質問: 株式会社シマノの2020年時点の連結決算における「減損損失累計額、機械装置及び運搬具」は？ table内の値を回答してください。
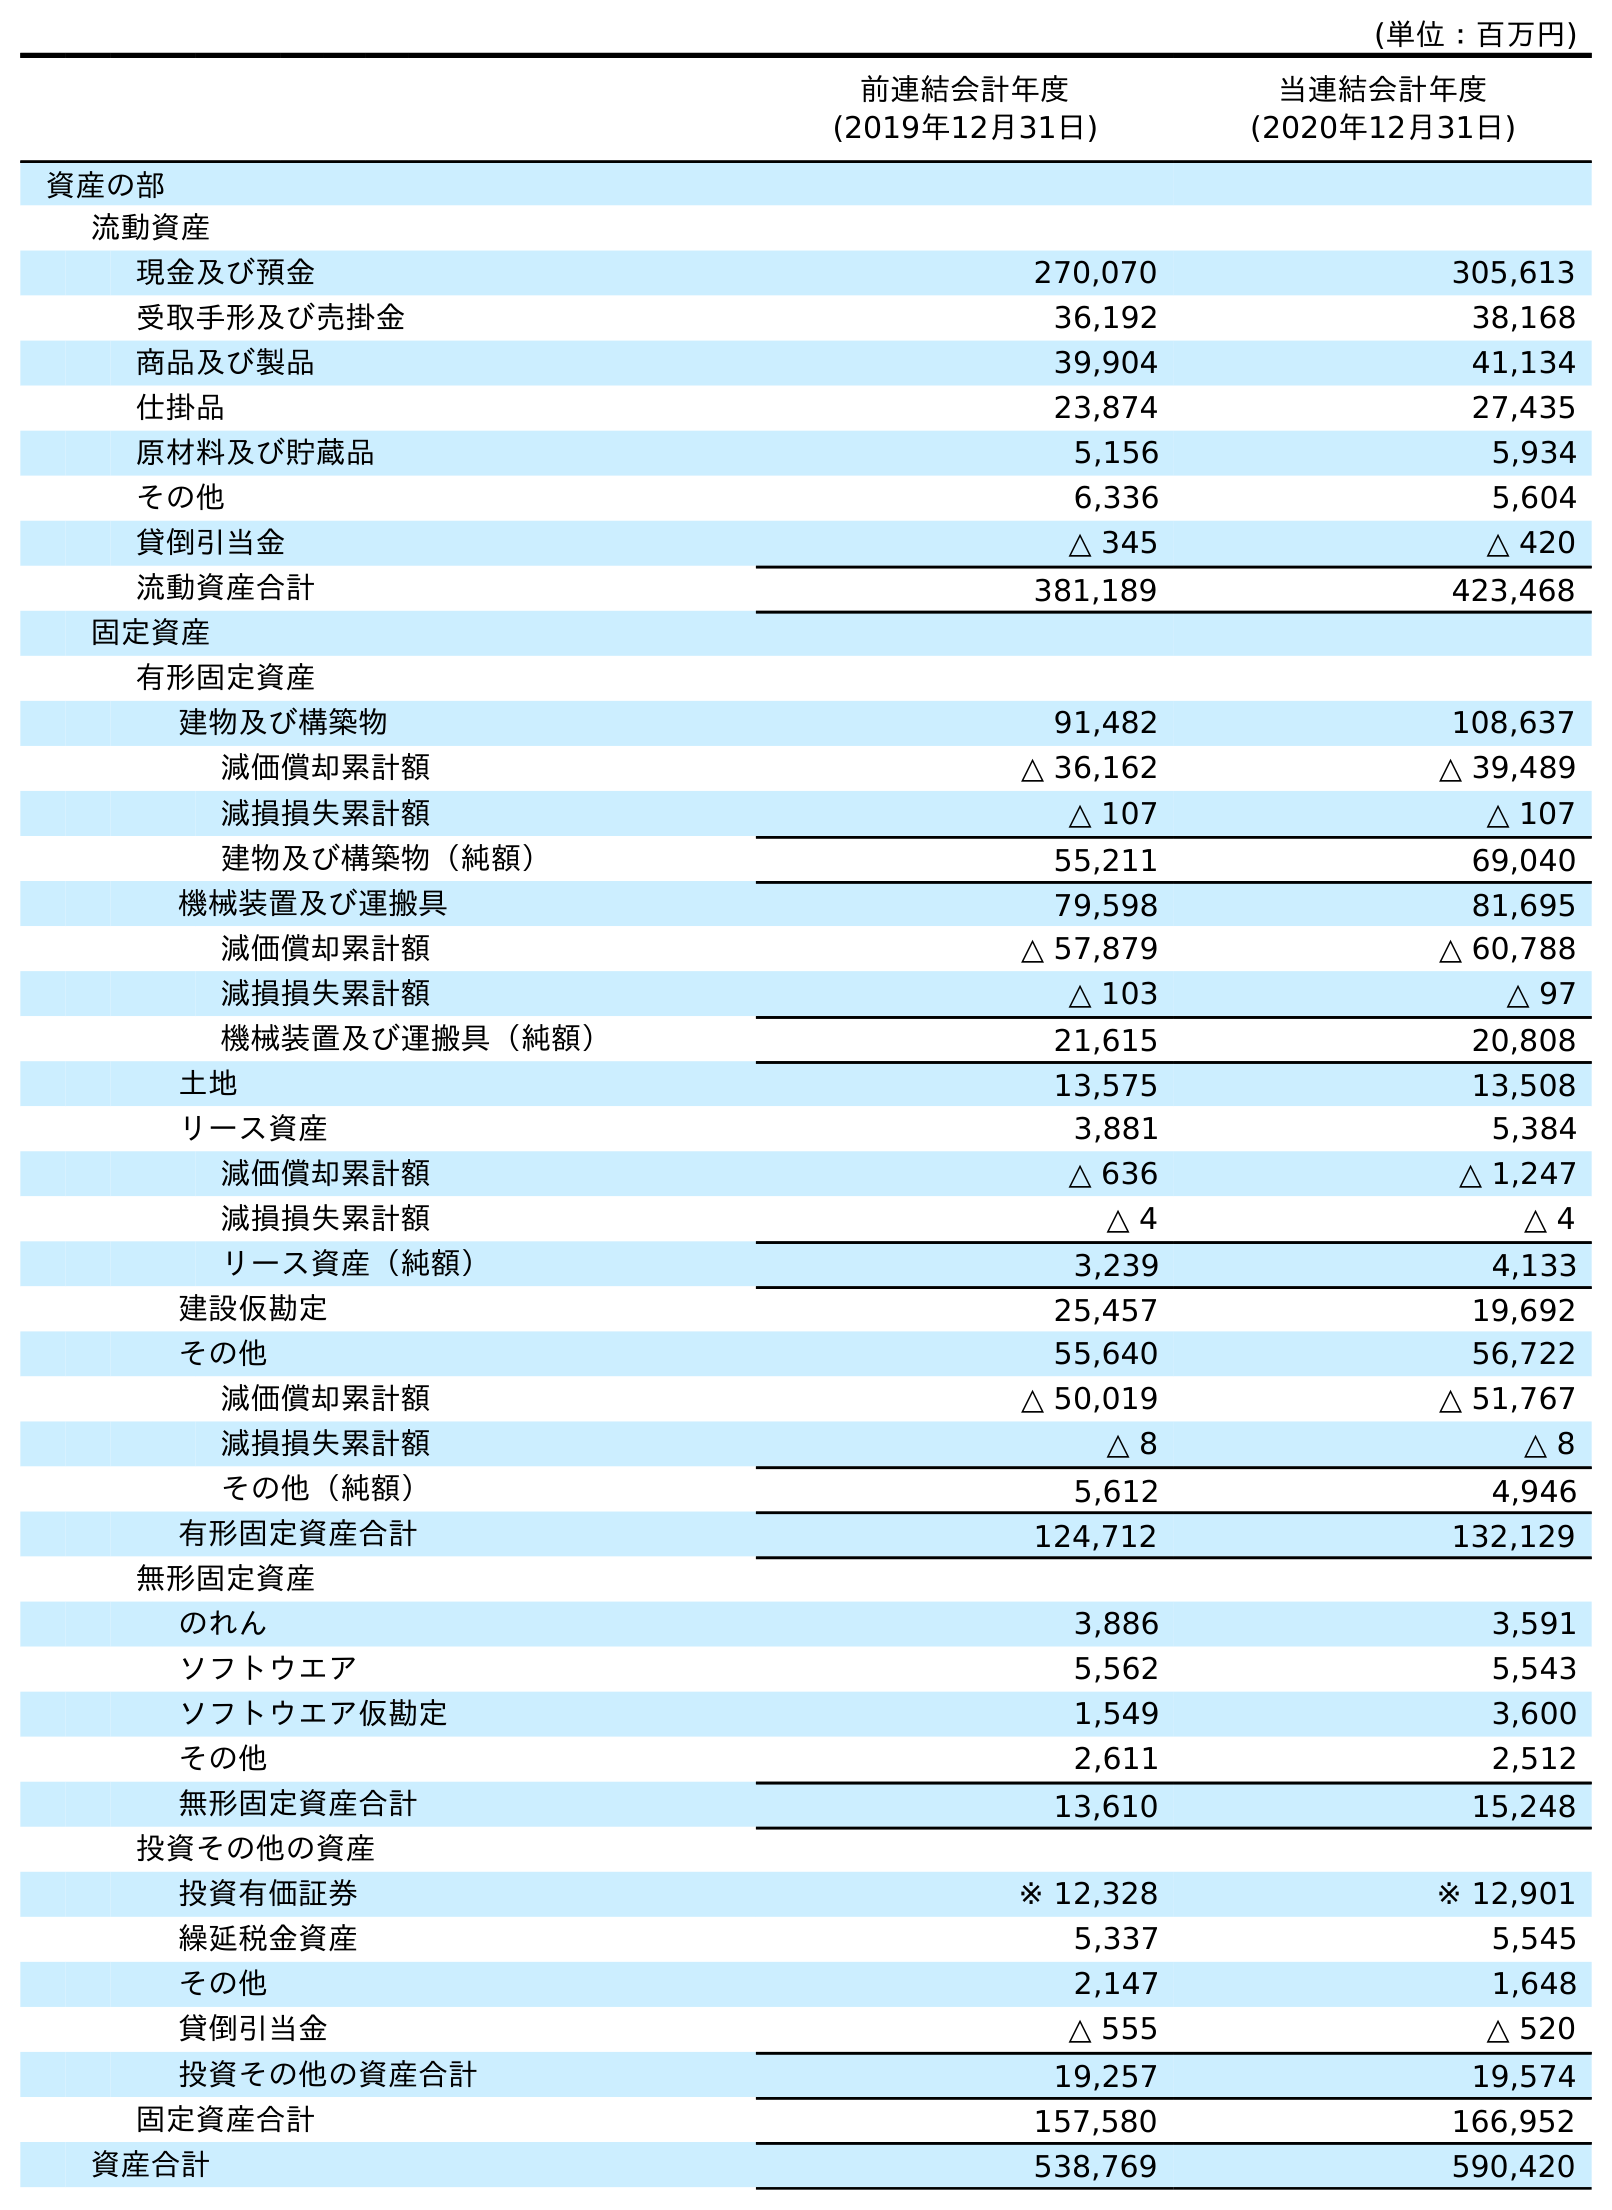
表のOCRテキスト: (単位：百万円) 前連結会計年度 (2019年12月31日) 当連結会計年度 (2020年12月31日) 資産の部 流動資産 現金及び預金 270,070 305,613 受取手形及び売掛金 36,192 38,168 商品及び製品 39,904 41,134 仕掛品 23,874 27,435 原材料及び貯蔵品 5,156 5,934 その他 6,336 5,604 貸倒引当金 △ 345 △ 420 流動資産合計 381,189 423,468 固定資産 有形固定資産 建物及び構築物 91,482 108,637 減価償却累計額 △ 36,162 △ 39,489 減損損失累計額 △ 107 △ 107 建物及び構築物（純額） 55,211 69,040 機械装置及び運搬具 79,598 81,695 減価償却累計額 △ 57,879 △ 60,788 減損損失累計額 △ 103 △ 97 機械装置及び運搬具（純額） 21,615 20,808 土地 13,575 13,508 リース資産 3,881 5,384 減価償却累計額 △ 636 △ 1,247 減損損失累計額 △ 4 △ 4 リース資産（純額） 3,239 4,133 建設仮勘定 25,457 19,692 その他 55,640 56,722 減価償却累計額 △ 50,019 △ 51,767 減損損失累計額 △ 8 △ 8 その他（純額） 5,612 4,946 有形固定資産合計 124,712 132,129 無形固定資産 のれん 3,886 3,591 ソフトウエア 5,562 5,543 ソフトウエア仮勘定 1,549 3,600 その他 2,611 2,512 無形固定資産合計 13,610 15,248 投資その他の資産 投資有価証券 ※ 12,328 ※ 12,901 繰延税金資産 5,337 5,545 その他 2,147 1,648 貸倒引当金 △ 555 △ 520 投資その他の資産合計 19,257 19,574 固定資産合計 157,580 166,952 資産合計 538,769 590,420
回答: △97